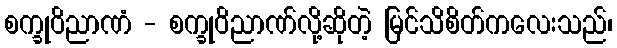
စက္ခုဝိညာဏံ - စက္ခုဝိညာဏ်လို့ဆိုတဲ့ မြင်သိစိတ်ကလေးသည်၊